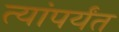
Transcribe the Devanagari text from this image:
त्यांपर्यंत